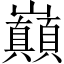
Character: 巔